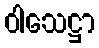
ဝါသေဋ္ဌာ